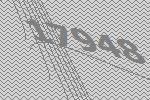
17948